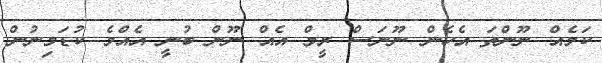
ކަމެއް ނޫންތަ އެހެން ނޫނަސް ރީމް އެއް ނޫން ބުނީ އެއްމެ ކުޑަމިނުން